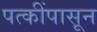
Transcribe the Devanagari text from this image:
पत्कींपासून